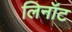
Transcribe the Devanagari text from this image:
लिनॉट